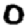
Digit: 0